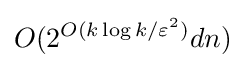
O(2^{O(k\log k/\varepsilon ^{2})}dn)